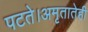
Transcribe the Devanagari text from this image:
पटते।अमृतातेही